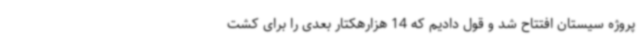
پروژه سیستان افتتاح شد و قول دادیم که 14 هزارهکتار بعدی را برای کشت